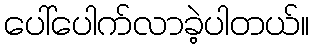
ပေါ်ပေါက်လာခဲ့ပါတယ်။